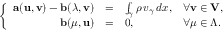
\left\{ \begin{array} { r c l l } { { \bf a } ( { \bf u } , { \bf v } ) - { \bf b } ( \boldsymbol \lambda , { \bf v } ) } & { = } & { \int _ { \gamma } \rho \, v _ { \gamma } \, d x , } & { \forall { \bf v } \in { \bf V } , } \\ { { \bf b } ( \boldsymbol \mu , { \bf u } ) } & { = } & { 0 , } & { \forall \boldsymbol \mu \in \boldsymbol \Lambda . } \end{array} \right.